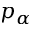
p _ { \alpha }